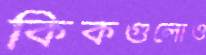
কিকগুলোও